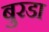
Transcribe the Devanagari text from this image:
बुरडा